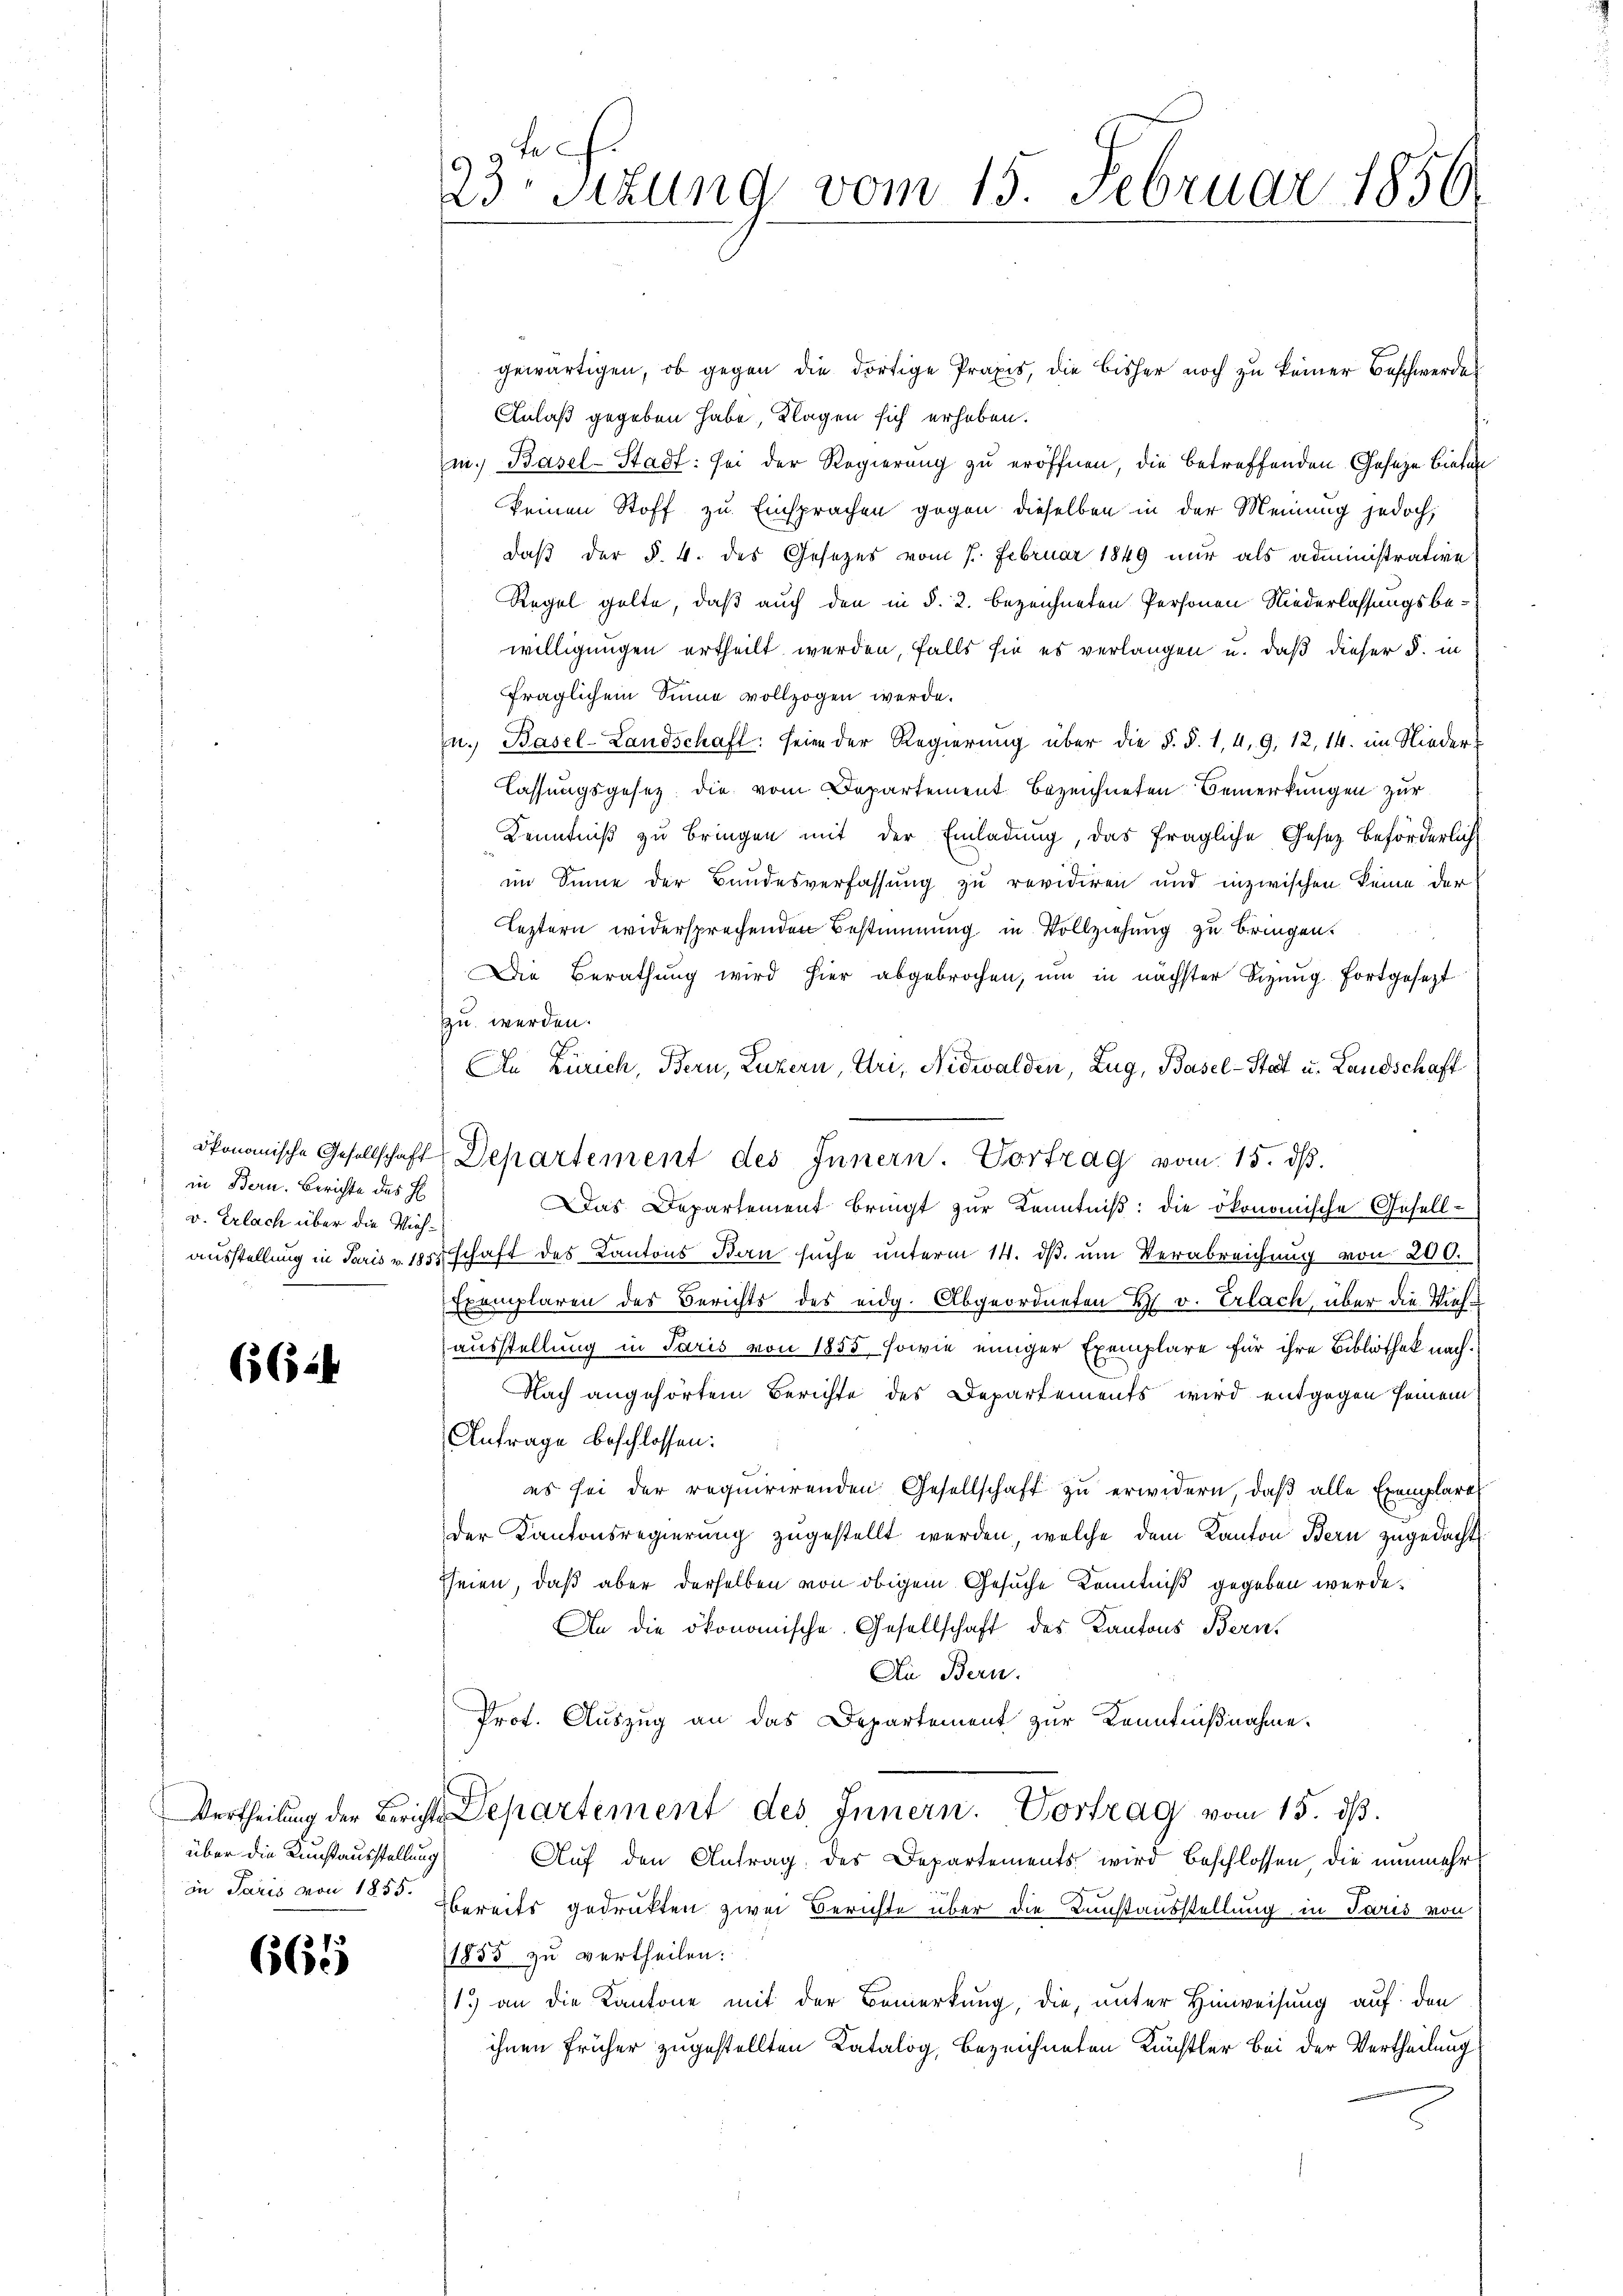
in Bern. Berichte des H
v. Erlach über die Vieh¬

66.4

über die Kunstausstellung

661

9 glei
23 Stzung vom 15. Februar 1856.

gewärtigen, ob gegen die dortige Praxis, die bisher noch zu keiner Beschwerde
Anlaß gegeben habe, Klagen sich erhoben.
mn. Basel-Stadt: sei der Regierung zu eröffnen, die betreffenden Gesetze bieten
keinen Stoff zu Einsprachen gegen dieselben in der Meinung jedoch,
daß der §. 4. des Gesetzes vom 7. Februar 1849 nur als administrative
Regel gelte, daß auch den in §. 2. bezeichneten Personen Niederlassungsbewilligungen ertheilt werden, falls sie es verlangen u. daß dieser §. in
fraglichem Sinne vollzogen werde.
u. Basel-Landschaft: seien der Regierung über die §. §. 1, 4, 9, 12, 14. im Nieder-
lassungsgesez die vom Departement bezeichneten Bemerkungen zur
Kenntniß zu bringen mit der Einladung, das fragliche Gesetz beförderlich
im Sinne der Bundesverfassung zu revidiren und inzwischen keine der
Leztern widersprechenden Bestimmung in Vollziehung zu bringen.
Die Berathung wird hier abgebrochen, um in nächster Bezung fortgesezt
zu werden.
An Zürich, Bern, Luzern, Uri, Nidwalden, Zug, Basel-Stadt u. Landschaft
ökonomische Gesellschaft Departement des Innern. Vortrag vom 15. ds.
as Departement bringt zŭr Kenntniβ: die ökonomische Gesellausstellung in Paris v. 1857 schaft des Kantons Bau suche ŭnterm 14. dβ ŭm Verabreichung von 200.
Exemplaren des Berichts des eidg. Abgeordneten H. v. Erlach, über die Viehausstellung in Paris von 1855, sowie einiger Exemplare für ihre Bibliothek nach¬
Nach angehörtem Berichte des Departements wird entgegen seinem
Antrage beschlossen:
es sei der requirirenden Gesellschaft zŭ erwidern, daβ alle Exemplare
der Kantonsregierung zugestellt werden, welche dem Kanton Bern zugedacht
seien, daß aber derselben von obigem Gesuche Kenntniß gegeben werde.
An die ökonomische Gesellschaft des Kantons Bern,
Die Bern.
Prof. Auszug an das Departement zur Kenntnißnahme.
Vertheilung der Berichts Departement des Innern. Vortrag vom 15. dß.
Auf den Antrag des Departements wird beschlossen, die nunmehr
in Paris von 1850 bereits gedrukten zwei Berichte über die Kunstausstellung in Paris von
1855 zu vertheilen:
1.) an die Kantone mit der Bemerkung, die, unter Hinweisung auf den
ihnen früher zugestellten Katalog, bezeichneten Künstler bei der Vertheilung